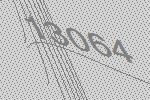
13064